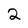
Character: 2